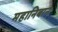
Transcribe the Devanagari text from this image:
महानिबान